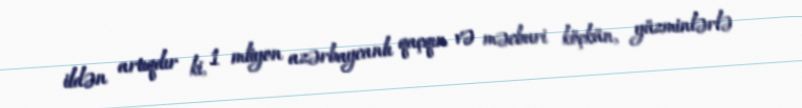
ildən artıqdır ki, 1 mliyon azərbaycanlı qaçqın və məcburi köçkün, yüzminlərlə